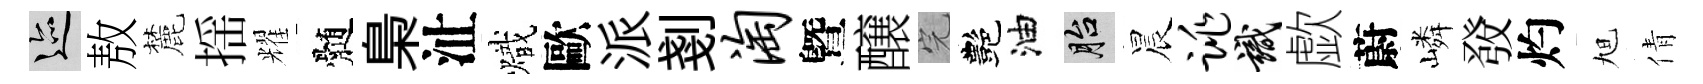
迹敖麓揺耀髄梟沚熾歐派剗淘曁醸完艷油胎晨跳識歔蔚嶙𤼲灼旭倩